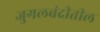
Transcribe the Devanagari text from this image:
जुगलबंदीतील